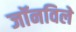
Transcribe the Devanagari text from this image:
जॉनविले